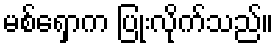
မစ်ရှောက ပြုံးလိုက်သည်။